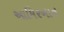
આમિરખાન